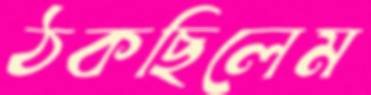
ঠকছিলেম